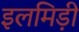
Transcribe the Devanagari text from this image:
इलमिड़ी